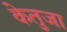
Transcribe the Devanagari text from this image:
केतुजा